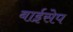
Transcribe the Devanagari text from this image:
बाईसेप